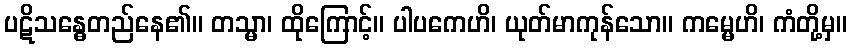
ပဋိသန္ဓေတည်နေ၏။ တသ္မာ၊ ထိုကြောင့်။ ပါပကေဟိ၊ ယုတ်မာကုန်သော။ ကမ္မေဟိ၊ ကံတို့မှ။